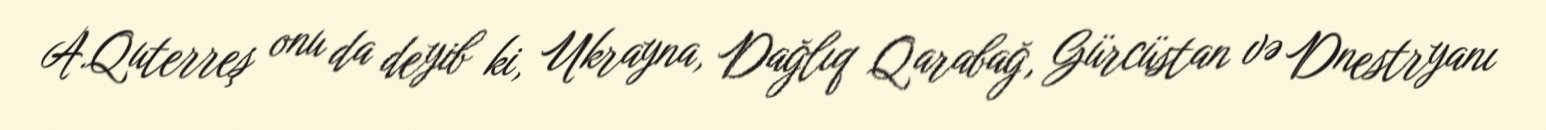
A.Quterreş onu da deyib ki, Ukrayna, Dağlıq Qarabağ, Gürcüstan və Dnestryanı